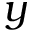
y